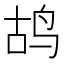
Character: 鸪